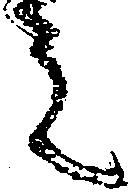
ミ